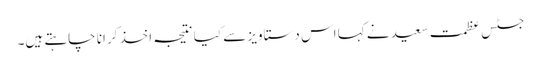
جسٹس عظمت سعید نے کہا اس دستاویز سے کیا نتیجہ اخذ کرانا چاہتے ہیں۔